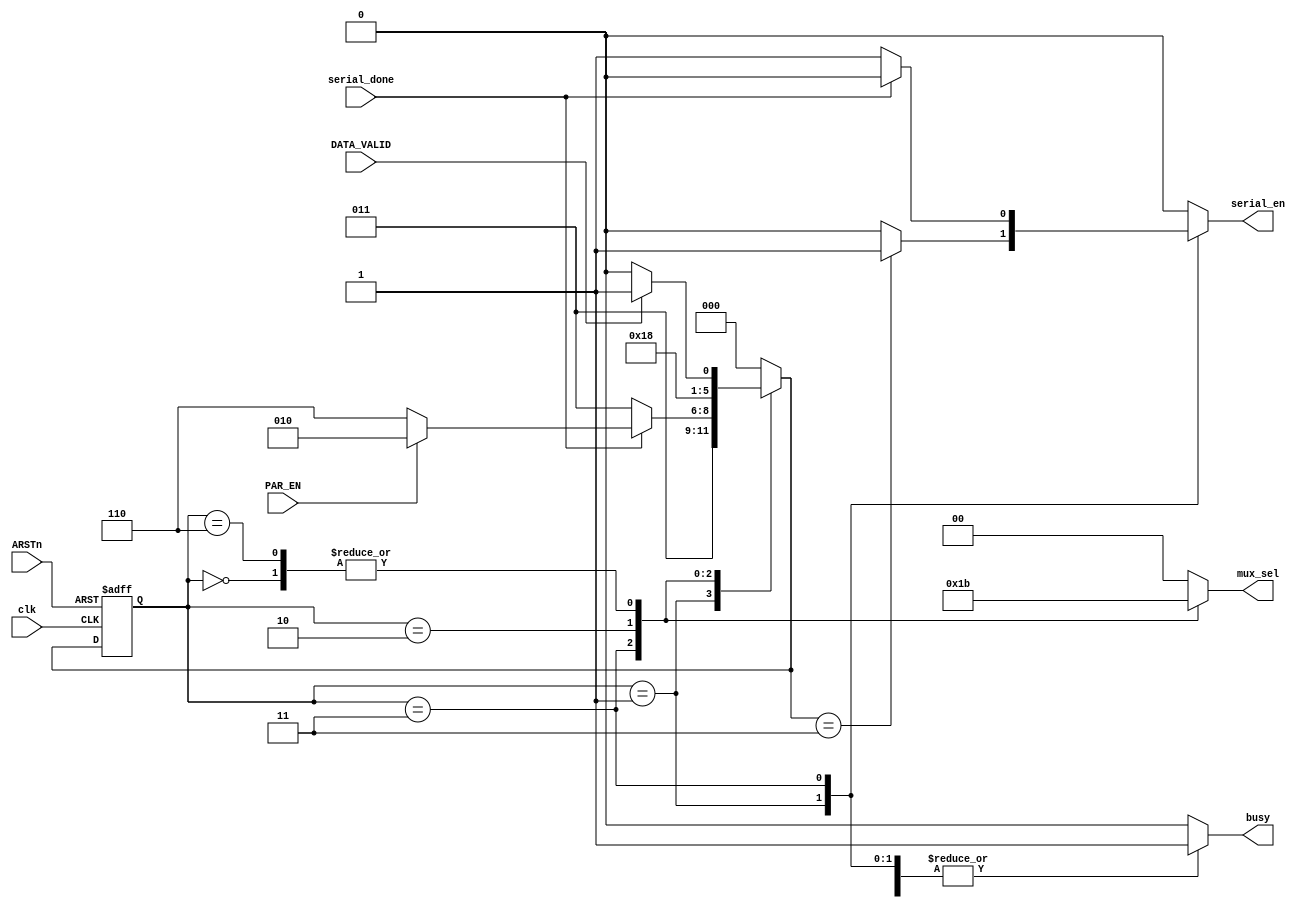
module TX_FSM(clk,ARSTn,DATA_VALID,PAR_EN,serial_done,mux_sel,busy,serial_en);
	parameter IDEL=3'b000,
	          START=3'b001,
	          DATA=3'b011,
	          PARITY=3'b010,
	          STOP=3'b110;

	input clk,ARSTn,serial_done,DATA_VALID,PAR_EN;
	output reg [1:0] mux_sel;
	output reg busy,serial_en;

	reg [2:0] cs,ns;

	always@(posedge clk, negedge ARSTn) begin
		if(~ARSTn)
			cs<=IDEL;
		else
			cs<=ns;
	end


	always @(*) begin 
		case (cs)
			IDEL : 
			       if(DATA_VALID)
			         ns = START;
			       else
			       	 ns = IDEL;


			START : ns = DATA;


			DATA : 
			       if(~serial_done)
			         ns = DATA;

			       else begin
			       	 if (PAR_EN==0) 
			       	 	ns = STOP;
			       	 else
			       	 	ns = PARITY;
			       end
			       	 
		    
		    PARITY : ns = STOP;

		    STOP :
		          if(!DATA_VALID) 
		            ns = IDEL;
		          else 
		          	ns = START;


			default : ns = IDEL;
		endcase
	end


	always @(*) begin 
		case (cs)

			IDEL : begin
				     mux_sel=2'b11;
				     busy=1'b0;
				     serial_en=1'b0;
			       end
		    
            
            START : begin
            	      mux_sel=2'b00;
            	      busy=1'b1;
            	      if(ns==DATA)
            	      	serial_en=1;
            	      else
            	        serial_en=1'b0;
                    end


            DATA : begin
            	     mux_sel=2'b01;
            	     busy=1'b1;
            	     if(serial_done)
            	     	serial_en=1'b0;
            	     else
            	     	serial_en=1'b1;
                   end


            PARITY : begin
            	       mux_sel=2'b10;
            	       busy=1'b1;
            	       serial_en=1'b0;
            	     end
 
            
            STOP : begin
            	     mux_sel=2'b11;
            	     busy=1'b1;
            	     serial_en=1'b0;
            	   end
			default : begin
			            busy=1'b0;
			            serial_en=1'b0;
			            mux_sel=2'b00;
			          end
		endcase
	end

endmodule